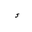
Letter: _hamza